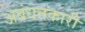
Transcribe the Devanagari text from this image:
अबंधनकारी